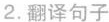
2.翻译句子(